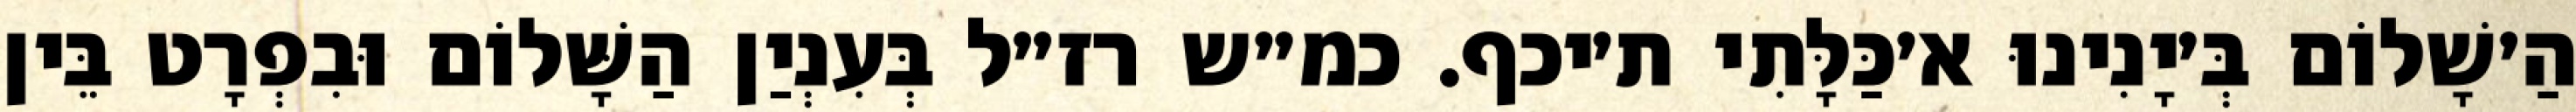
הַ׳שָׁלוֹם בְּ׳יָנִינוּ א׳כַּלָּתִי ת׳יכף. כמ״ש רז״ל בְּעִנְיַן הַשָּׁלוֹם וּבִפְרָט בֵּין